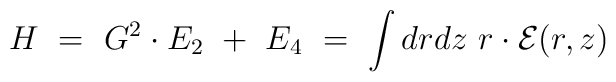
H \ = \ G^2 \cdot E_2 \ + \ E_4 \ = \ \int dr dz \ r \cdot {\cal E}(r,z)